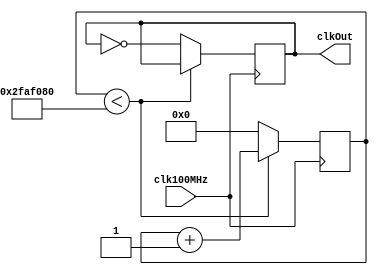
module divider #(parameter hz = 1) (input clk100MHz, output reg clkOut);
    reg [31:0] count = 0;
    initial begin
        clkOut = 0;
    end
    always @(posedge clk100MHz) begin
        if (count < 50000000 / hz)
            count <= count + 1;
        else begin
            count <= 0;
            clkOut <= ~clkOut;
        end
    end
endmodule